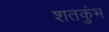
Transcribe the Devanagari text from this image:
शतकुंभ